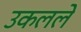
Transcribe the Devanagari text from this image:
उकलले